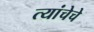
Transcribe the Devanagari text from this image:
त्यांचेचे